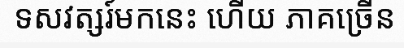
ទសវត្សរ៍មកនេះ ហើយ ភាគច្រើន